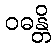
ဝဓန္တိ